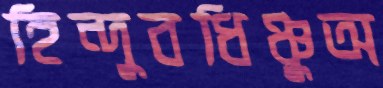
হিন্দুবধিঞ্চুঅ